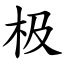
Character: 极